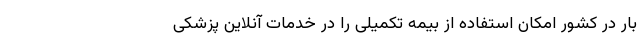
بار در کشور امکان استفاده از بیمه تکمیلی را در خدمات آنلاین پزشکی